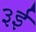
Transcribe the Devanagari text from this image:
३ई